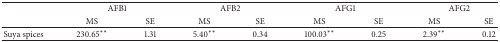
<table><thead><tr><td rowspan="2"><b> </b></td><td colspan="2"><b>AFB1</b></td><td colspan="2"><b>AFB2</b></td><td colspan="2"><b>AFG1</b></td><td colspan="2"><b>AFG2</b></td></tr><tr><td><b>MS</b></td><td><b>SE</b></td><td><b>MS</b></td><td><b>SE</b></td><td><b>MS</b></td><td><b>SE</b></td><td><b>MS</b></td><td><b>SE</b></td></tr></thead><tbody><tr><td>Suya spices</td><td>230.65<sup><i>∗∗</i></sup></td><td>1.31</td><td>5.40<sup><i>∗∗</i></sup></td><td>0.34</td><td>100.03<sup><i>∗∗</i></sup></td><td>0.25</td><td>2.39<sup><i>∗∗</i></sup></td><td>0.12</td></tr></tbody></table>